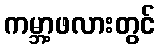
ကမ္ဘာ့ဖလားတွင်